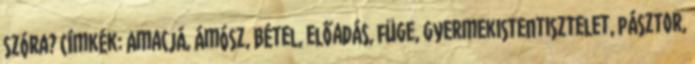
szóra? Címkék: Amacjá, Ámósz, Bétel, előadás, füge, gyermekistentisztelet, pásztor,